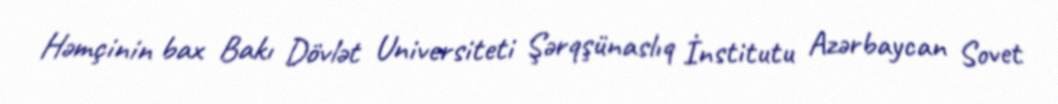
Həmçinin bax Bakı Dövlət Universiteti Şərqşünaslıq İnstitutu Azərbaycan Sovet